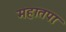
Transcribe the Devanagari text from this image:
महातपाः